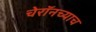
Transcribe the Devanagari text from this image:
चेरॉनच्याच